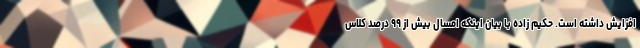
افزایش داشته است. حکیم زاده با بیان اینکه امسال بیش از ۹۹ درصد کلاس